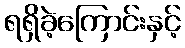
ရရှိခဲ့ကြောင်းနှင့်